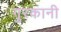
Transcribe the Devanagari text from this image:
गुरकानी